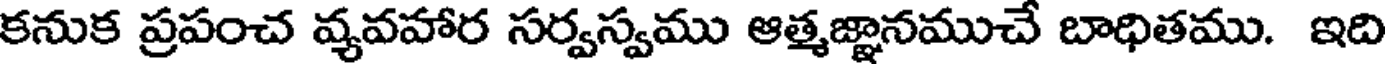
కనుక ప్రపంచ వ్యవహార సర్వస్వము ఆత్మజ్ఞానముచే బాధితము. ఇది